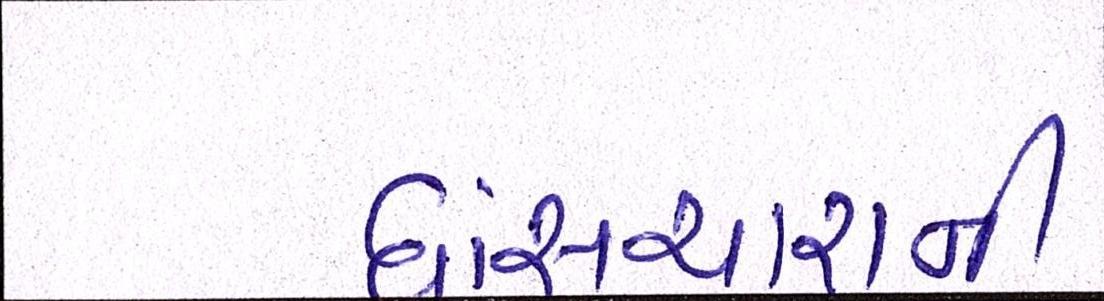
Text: ઘાંસચારાની